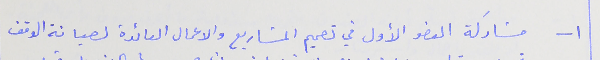
١- مشاركة العضو الأول في تصميم المشاريع والاعمال العائدة لصيانة الوقف